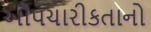
ઔપચારીકતાનો